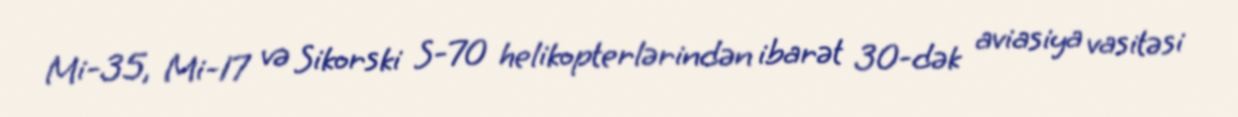
Mi-35, Mi-17 və Sikorski S-70 helikopterlərindən ibarət 30-dək aviasiya vasitəsi